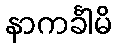
နာကင်္ခါမိ